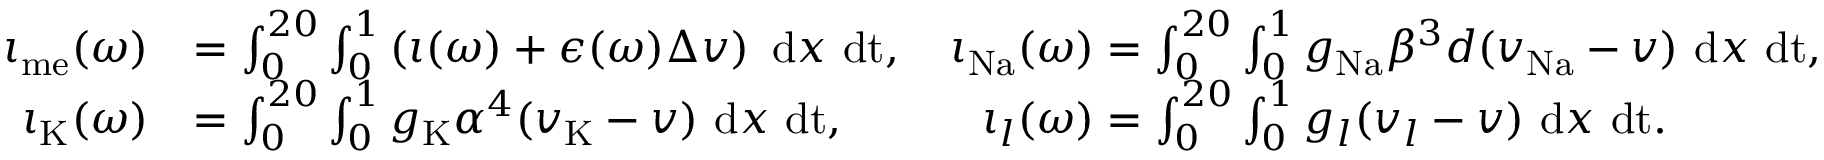
\begin{array} { r l } { \iota _ { \mathrm { m e } } ( \omega ) } & { = \int _ { 0 } ^ { 2 0 } \int _ { 0 } ^ { 1 } \left( \iota ( \omega ) + \epsilon ( \omega ) \Delta v \right) \mathrm { ~ d } x \mathrm { ~ d t } , \quad \iota _ { \mathrm { N a } } ( \omega ) = \int _ { 0 } ^ { 2 0 } \int _ { 0 } ^ { 1 } g _ { \mathrm { N a } } \beta ^ { 3 } d ( v _ { \mathrm { N a } } - v ) \mathrm { ~ d } x \mathrm { ~ d t } , } \\ { \iota _ { \mathrm { K } } ( \omega ) } & { = \int _ { 0 } ^ { 2 0 } \int _ { 0 } ^ { 1 } g _ { \mathrm { K } } \alpha ^ { 4 } ( v _ { \mathrm { K } } - v ) \mathrm { ~ d } x \mathrm { ~ d t } , \quad \quad \quad \iota _ { l } ( \omega ) = \int _ { 0 } ^ { 2 0 } \int _ { 0 } ^ { 1 } g _ { l } ( v _ { l } - v ) \mathrm { ~ d } x \mathrm { ~ d t } . } \end{array}